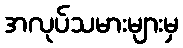
အလုပ်သမားများမှ